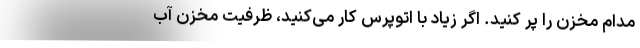
مدام مخزن را پر کنید. اگر زیاد با اتوپرس کار می‌کنید، ظرفیت مخزن آب